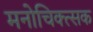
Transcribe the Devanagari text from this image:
मनोचिक्त्सक